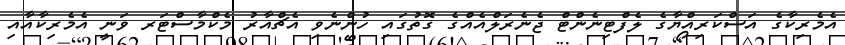
އެމެރިކާގެ އަސްކަރިއްޔާގެ ލެފްޓިނެންޓް ޖެނެރަލްއެއްގެ ގޮތުގައި ހުންނެވި އެޗްއާރު މެކްމާސްޓަރ ވަނީ އެމެރިކާއާއި